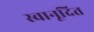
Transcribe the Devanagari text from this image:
स्वानूदित